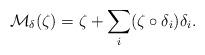
LaTeX: \begin{align*}{\mathcal M}_\delta(\zeta)=\zeta+\sum_i(\zeta\circ\delta_i)\delta_i.\end{align*}